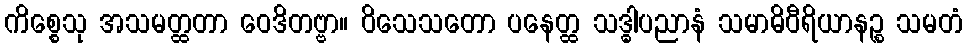
ကိစ္စေသု အသမတ္ထတာ ဝေဒိတဗ္ဗာ။ ဝိသေသတော ပနေတ္ထ သဒ္ဓါပညာနံ သမာဓိဝီရိယာနဉ္စ သမတံ